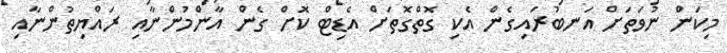
މިކަން ނުވަތަށް އަނބުރައިގެން އެކި ގޮތްގޮތަށް އެޑިޓް ކޮށް ގެން އާންމުންނާއި ރައްޔިތުންނާއި